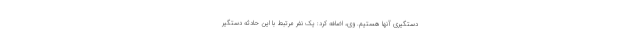
دستگیری آنها هستیم. وی، اضافه کرد: یک نفر مرتبط با این حادثه دستگیر